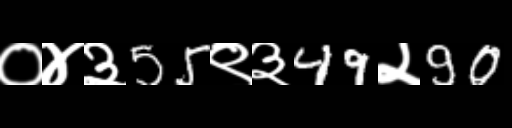
Text: ०४३55९३49२90